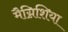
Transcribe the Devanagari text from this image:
मैग्निशिया